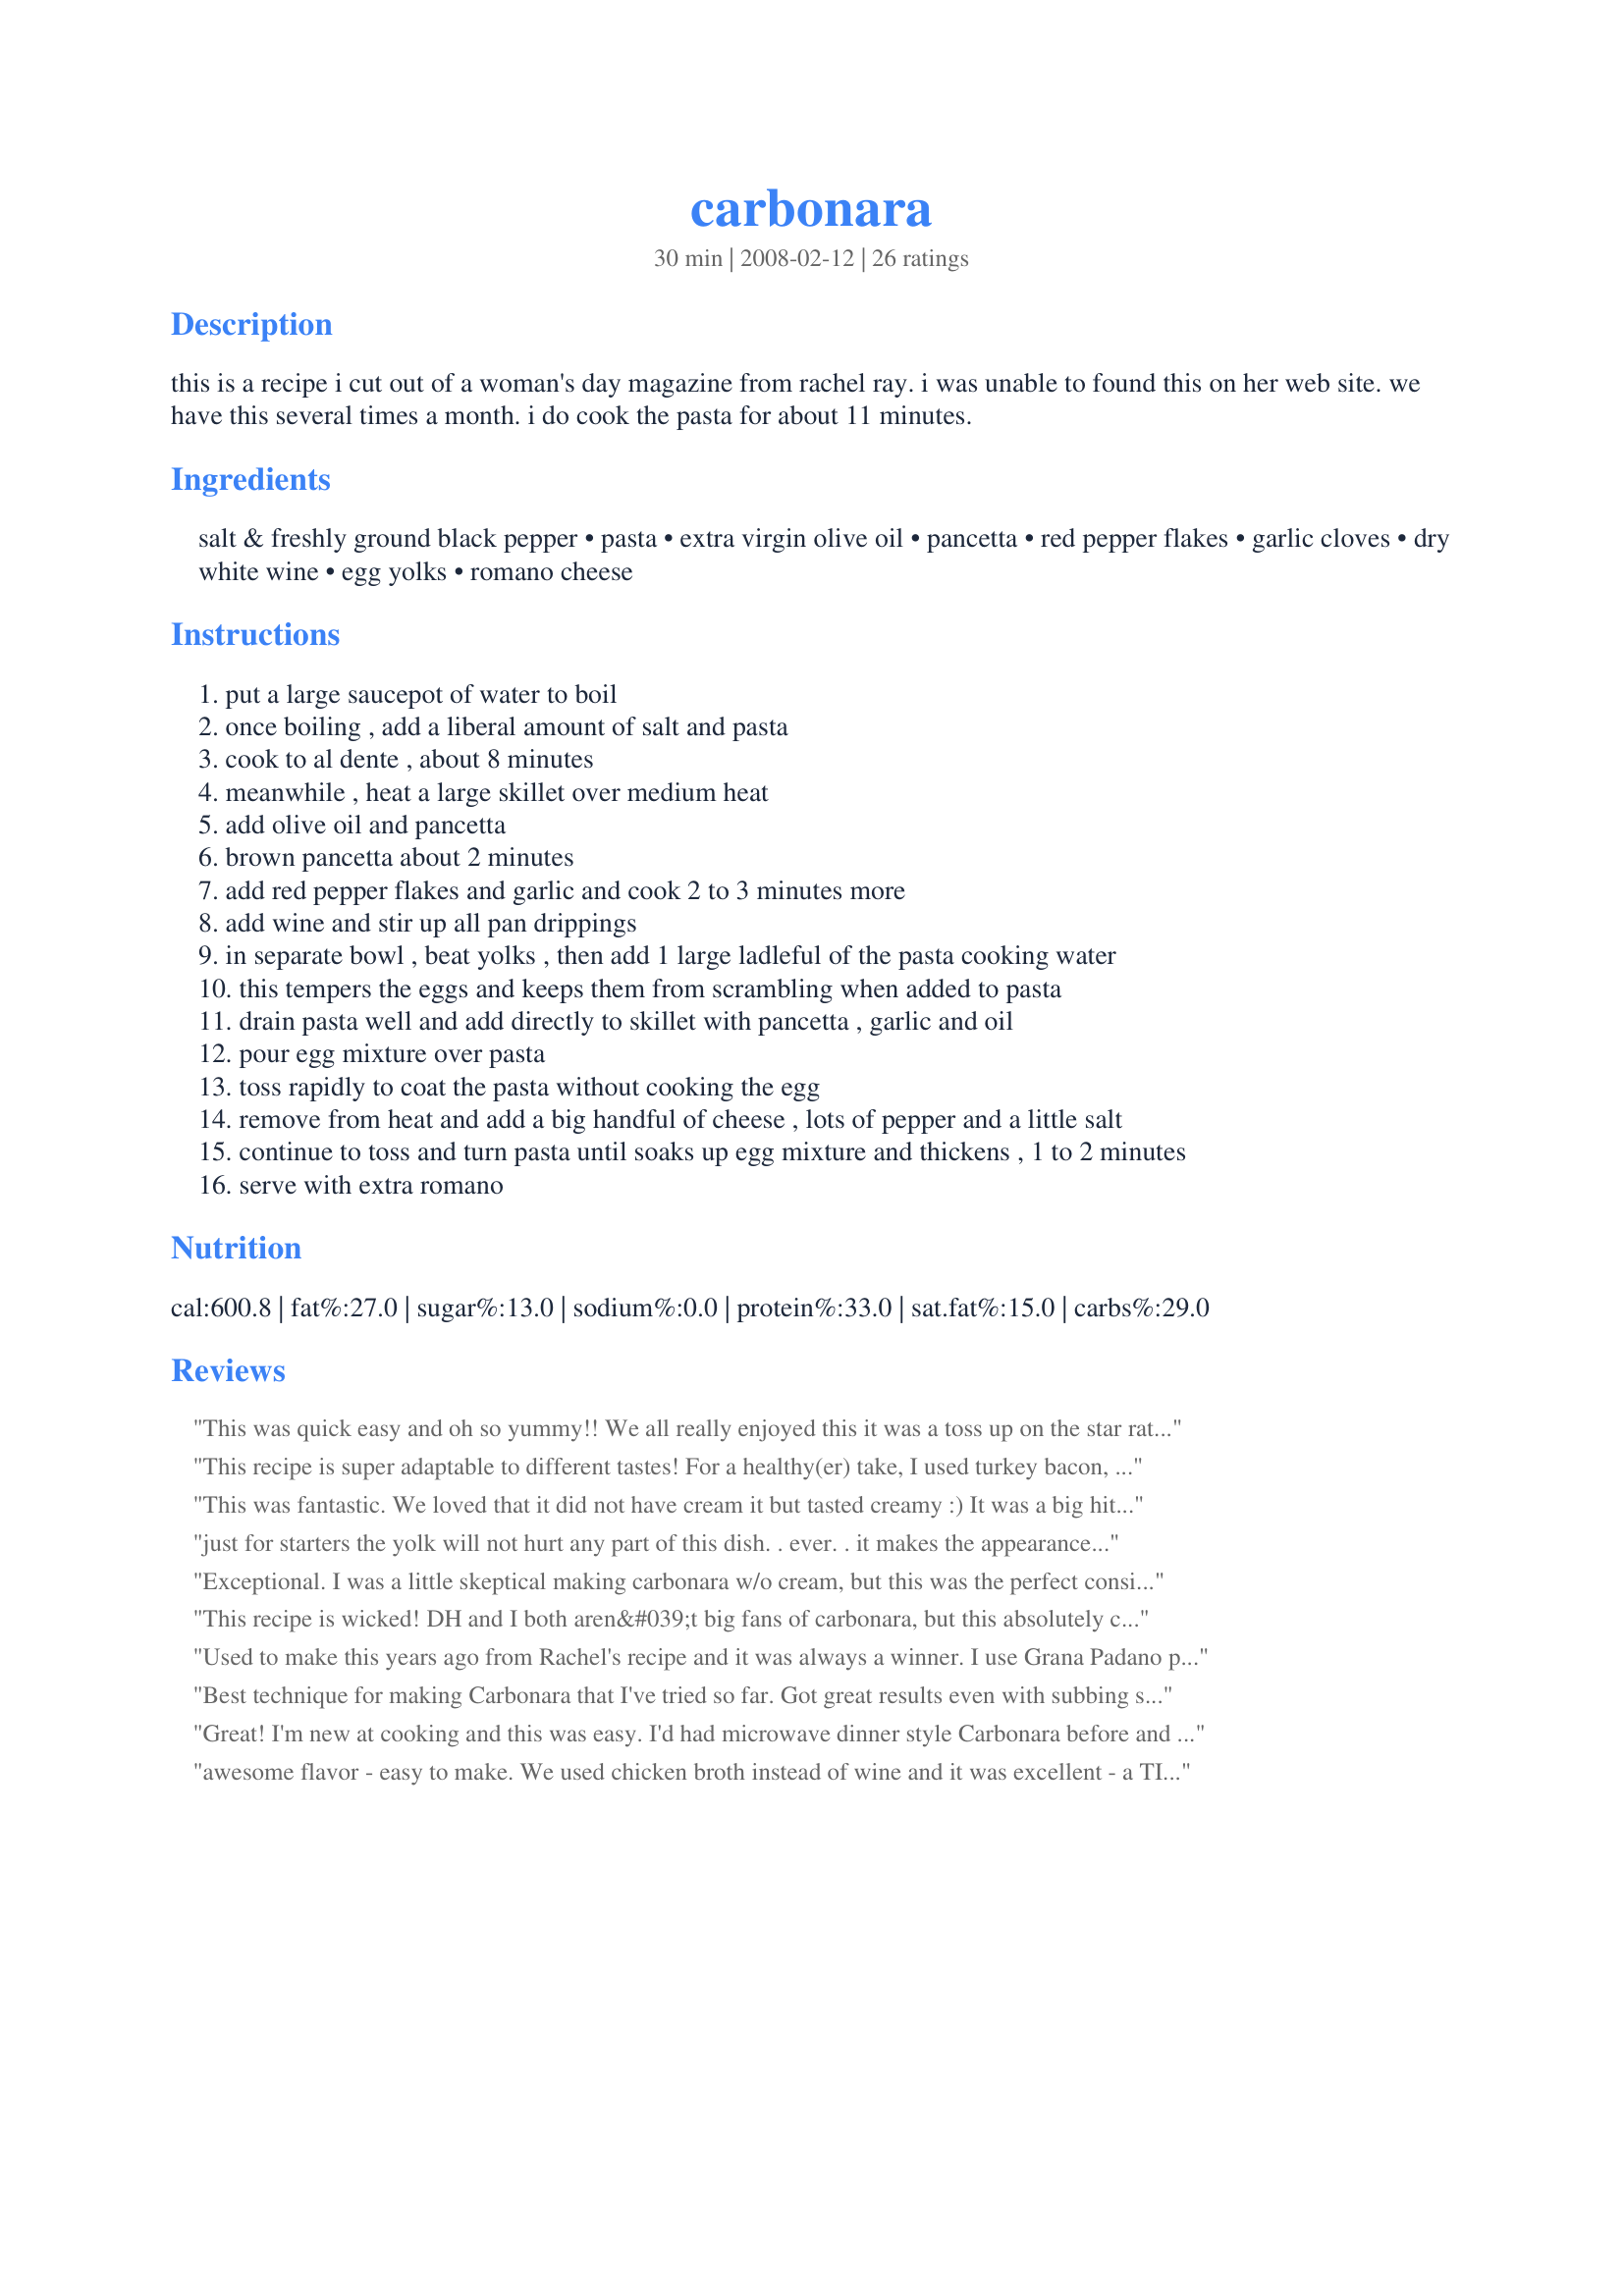
carbonara
Preparation time: 30 minutes

this is a recipe i cut out of a woman's day magazine from rachel ray. i was unable to found this on her web site. we have this several times a month. i do cook the pasta for about 11 minutes.

Ingredients:
salt & freshly ground black pepper, pasta, extra virgin olive oil, pancetta, red pepper flakes, garlic cloves, dry white wine, egg yolks, romano cheese

Steps:
put a large saucepot of water to boil
once boiling , add a liberal amount of salt and pasta
cook to al dente , about 8 minutes
meanwhile , heat a large skillet over medium heat
add olive oil and pancetta
brown pancetta about 2 minutes
add red pepper flakes and garlic and cook 2 to 3 minutes more
add wine and stir up all pan drippings
in separate bowl , beat yolks , then add 1 large ladleful of the pasta cooking water
this tempers the eggs and keeps them from scrambling when added to pasta
drain pasta well and add directly to skillet with pancetta , garlic and oil
pour egg mixture over pasta
toss rapidly to coat the pasta without cooking the egg
remove from heat and add a big handful of cheese , lots of pepper and a little salt
continue to toss and turn pasta until soaks up egg mixture and thickens , 1 to 2 minutes
serve with extra romano

Reviews:
This was quick easy and oh so yummy!! We all really enjoyed this it was a toss up on the star rating, as I had 1 five, 1 four and one 4 1/2, so really it is due a 4 1/2 stars, but since you can't do that, it got a 4. As you can guess I only made this for 3 but I did not cut ingredients as I figured my hungry teenage son would eat for 2 and I knew I would have left overs which is always great in our house. I adored the garlic flavour but then we love garlic in our house and I am sure I always make my dishes with way more garlic than most chiefs like. I did make with tagliatelle just personal preference and we all loved it. An excellent well explained recipe that we will enjoy often. Cheers happynana!!
This recipe is super adaptable to different tastes! For a healthy(er) take, I used turkey bacon, whole wheat pasta, skipped the oil. Next time I will omit the salt when boiling the noodles, with the bacon this was salty enough as is! Thanks for a keeper!
This was fantastic. We loved that it did not have cream it but tasted creamy :) It was a big hit at my house. My mum & step father wanted the recipe so i printed it out for them. I will be making this one again
Made for Twelve days of Christmas recipe swap in the Aust/NZ forum
just for starters the yolk will not hurt any part of this dish. . ever. . it makes the appearance a bit different as will be illustrated in my photo, but the texture and flavor is just as grand. . In my dish i prepared my carbonara as the recipe stated, only changing a few things. . i added Black olives, capers and used a fatty jowel bacon for more intense pork flavor. Alot more parmesean ; by preference. Thing is now with any pasta dish i prepare an egg is essential. you cannot mess up a pasta dish by adding any part of an egg to it. . for texture and how it will meld all the ingredients together blissfully.
Exceptional. I was a little skeptical making carbonara w/o cream, but this was the perfect consistency. Loved the little kick of red pepper. Thanks!
This recipe is wicked! DH and I both aren&#039;t big fans of carbonara, but this absolutely changed my mind! One of the best pastas I have ever had the joy of eating! The white wine and red pepper flakes really top this recipe off! Adding this to the recipe rotation!
Used to make this years ago from Rachel's recipe and it was always a winner. I use Grana Padano parmesean, which I grated about a cup of (the super expensive stuff). Also, I would turn the burner a bit higher for the pancetta, then lower it for the garlic, because medium won't brown your pancetta but cooking garlic for 2 minutes on med-high will easily burn it! Honestly, it's a good recipe but the cheese makes it. I spent $15 at a nice market on a hunk of great cheese. I would recommend the same if you're entertaining!
Best technique for making Carbonara that I've tried so far. Got great results even with subbing sake for white wine, bacon for pancetta, left out the olive oil (used bacon drippings), and parmesan instead of romano. Also halved the garlic and omitted the red pepper flakes (served tableside) so the kids would eat it, and they sure did!
Great! I'm new at cooking and this was easy. I'd had microwave dinner style Carbonara before and never would have guessed I would have such a good time making my own. Turned out pretty good even tho we made a lot of subs (we just used what we had here): bacon for pancetta; dried whole chillis chopped instead of pepper flakes; leftover champange for wine - seriously; and parm instead of romano! I can't wait to try it when I have all the real ingredients!
awesome flavor - easy to make. We used chicken broth instead of wine and it was excellent - a TINY bit too garlicy - so i'll cut back on that next time. Thanks for a great recipe that will go in my regular roatation.
The only problem with the previous review is that the recipe calls for yolks!
Very nice! The egg and cheese gives a great creamy texture without being too rich. Only change I made was to use chorizo instead of pancetta.
Loved it! The only change I made was to exclude the red pepper flakes as it's not something I keep on hand. Very quick, very delicious. It is more than enough for four very hearty eaters.
Absolutely wonderful! I like that the recipe uses egg whites instead of whole eggs. Makes it healthier! I did add extra garlic (hubby & I love garlic!) and cut back on the black pepper. The red pepper is a great touch and adds just a hint of spice. <br/><br/>I will definately make this recipe again and again. Hubby doesn't usually like "sauceless" pasta but LOVED this one!
Just made this in 25 minutes! Really, REALLY delicious! The only thing I subbed was bacon for pancetta (and didn't add the oil). Lots of black pepper! Great recipe!
i really enjoyed cooking this dish... and the result was really good. I made it for my sister and cousin when they visited last week end. They were amazed! thank you for this recipe
This was very tasty! Quick, flavorful and easy to make. I halved the recipe because there were only two of us and everything worked fine. I will be making this again! Thanks for posting.
I have eaten and enjoyed pasta carbonara with great gusto in various restaurants over the years. This is the first recipe Iâ€™ve ever used to actually make it and I am very pleased with it. I used ordinary bacon in place of the pancetta with excellent results. My thanks to Happynana for sharing this superb and easy carbonara recipe.
SUPER GOOD! I'd take out the red pepper flakes next time, I've never had them in Carbonara, but otherwise it's really good! I always get Pasta Carbonara and Cheese Cake Factory and everywhere else I've had it sucked. This was just as good, my boyfriend thinks it's better. We made the night we read the recipe.
Just made this- it was great!! Did'nt have any white wine, so added a splash or two of vodka! I let it reduce a bit-- Really tasty!! Thank you so much!! Also added a basil leaf or two because I had it in the garden, and also a bit of fresh tomato. Gosh it was GOOD!!
This was great. I made it with ham instead of pancetta and omitted the red pepper flakes, using a little less oil. I also subbed chicken stock for the wine. My kids loved it too. it was just simple and good pasta.
This was our first time eating Carbonara and it was a huge hit with the whole family. I doubled the recipe and used bacon. This was perfect with a salad and bread sticks. I will make this again for sure!
Absolutely delicious, quick and easy to make and tastier than most restaurant carbonara dishes! I added cherry tomatoes with the wine, and didn't add salt as I thought the cheese salt was enough, & used less oil. I also didn't have pancetta or romano so I used grilled and cut-up sausages & a mixture of cheddar and parmesan....yum! I think you could use any combination of cheeses and meat to suite your taste as it's really the garlic, dry wine & yolk that should be staple!
Tasty, a very different way of making carbonara, I like it! Not as eggy, and since I don't like bacon I was pleased to use pancetta as it has a more delicate flavour. I'll use this recipe again, thanks!
yummy and really easy
The best yet!!
